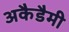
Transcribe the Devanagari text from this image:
अकैडैमी